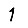
Digit: 1